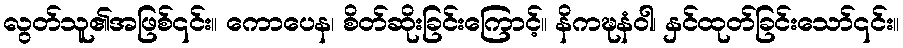
လွတ်သူ၏အဖြစ်၎င်း။ ကောပေန၊ စိတ်ဆိုးခြင်းကြောင့်။ နိကဍ္ဎနံဝါ၊ နှင်ထုတ်ခြင်းသော်၎င်း။